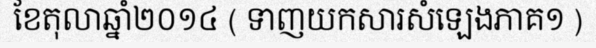
ខែតុលាឆ្នាំ២០១៤ ( ទាញយកសារសំឡេងភាគ១ )